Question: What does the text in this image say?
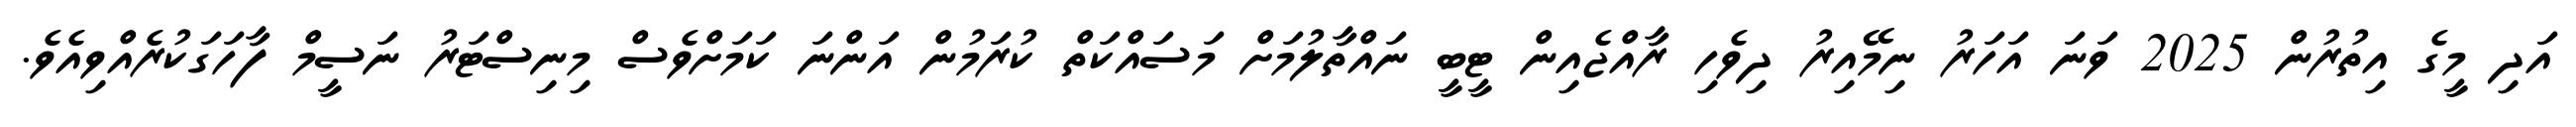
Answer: އަދި މީގެ އިތުރުން 2025 ވަނަ އަހަރު ނިމޭއިރު ދިވެހި ރާއްޖެއިން ޓީބީ ނައްތާލުމަށް މަސައްކަތް ކުރަމުން އަންނަ ކަމަށްވެސް މިނިސްޓަރު ނަސީމް ފާހަގަކުރެއްވިއެވެ.